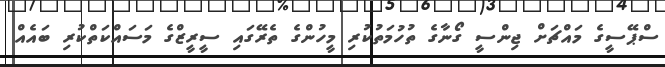
ސްޕޭސީގެ މައްޗަށް ޖިންސީ ގޯނާގެ ތުހުމަތުކުރި މީހުންގެ ތެރޭގައި ސީރީޒްގެ މަސައްކަތްކުރި ބައެއް